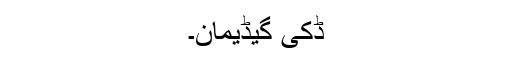
ڈکی گیڈیمان۔